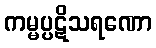
ကမ္မပ္ပဋိသရဏော